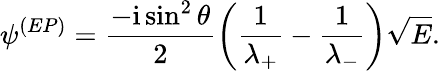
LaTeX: \psi^{(EP)}=\frac{-\mathrm{i}\sin^{2}\theta}{2}\left(\frac{1}{\lambda_{+}}-\frac{1}{\lambda_{-}}\right)\sqrt{E}.